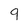
Character: 9